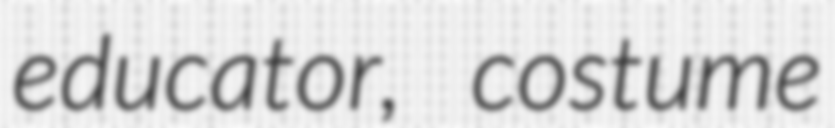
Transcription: educator, costume